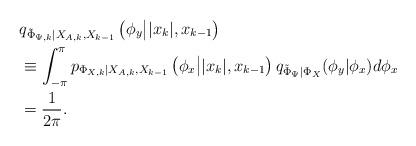
LaTeX: \begin{align*}&q_{\tilde{\Phi}_{\Psi,k}|X_{A,k},X_{k-1}}\left(\phi_y \big| |x_k|,x_{k-1} \right) \\&\equiv \int_{-\pi}^{\pi}p_{\Phi_{X,k}|X_{A,k},X_{k-1}} \left(\phi_x \big| |x_k|,x_{k-1} \right) q_{\tilde{\Phi}_{\Psi}|\Phi_{X}} (\phi_y | \phi_x)d\phi_x \\&= \frac{1}{2 \pi}.\end{align*}